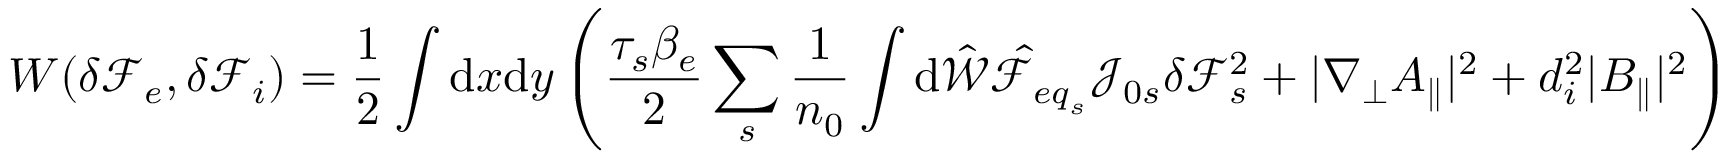
W ( \delta { \mathcal F } _ { e } , \delta { \mathcal F } _ { i } ) = \frac { 1 } { 2 } \int \mathrm { d } x \mathrm { d } y \left( \frac { \tau _ { s } \beta _ { e } } { 2 } \sum _ { s } \frac { 1 } { n _ { 0 } } \int \mathrm { d } \hat { \mathcal { W } } \hat { \mathcal { F } } _ { { e q } _ { s } } \mathcal { J } _ { 0 s } \delta { \mathcal F } _ { s } ^ { 2 } + | \nabla _ { \perp } A _ { \parallel } | ^ { 2 } + d _ { i } ^ { 2 } | B _ { \parallel } | ^ { 2 } \right)